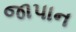
જાપાન